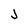
Character: J